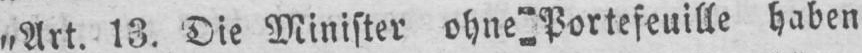
„Art. 13. Die Minister ohne Portefeuille haben